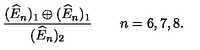
\frac { ( \widehat { E } _ { n } ) _ { 1 } \oplus ( \widehat { E } _ { n } ) _ { 1 } } { ( \widehat { E } _ { n } ) _ { 2 } } \qquad n = 6 , 7 , 8 .